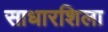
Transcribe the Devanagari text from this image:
साधारशिला